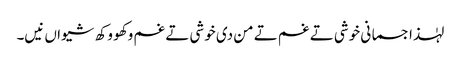
لہٰذا جسمانی خوشی تے غم تے من دی خوشی تے غم وکھو وکھ شیواں نیں۔